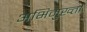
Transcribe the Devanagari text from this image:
अभिमुख्ता